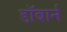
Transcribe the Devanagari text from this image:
डॉबार्न